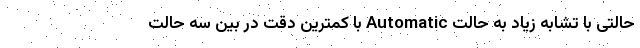
حالتی با تشابه زیاد به حالت Automatic با کمترین دقت در بین سه حالت